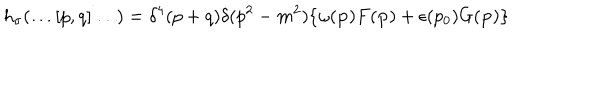
LaTeX: h _ { \sigma } ( \ldots [ p , q ] \ldots ) = \delta ^ { 4 } ( p + q ) \delta ( p ^ { 2 } - m ^ { 2 } ) \{ \omega ( { \bf p } ) F ( { \bf p } ) + \epsilon ( p _ { 0 } ) G ( { \bf p } ) \}